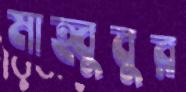
মাহ্বুবুর